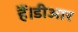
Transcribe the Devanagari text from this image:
हैं।डीआर